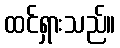
ထင်ရှားသည်။